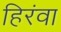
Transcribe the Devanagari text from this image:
हिरंवा